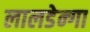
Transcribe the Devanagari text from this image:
लालडेन्गा